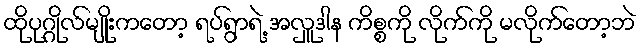
ထိုပုဂ္ဂိုလ်မျိုးကတော့ ရပ်ရွာရဲ့ အလှူဒါန ကိစ္စကို လိုက်ကို မလိုက်တော့ဘဲ